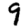
Digit: 9